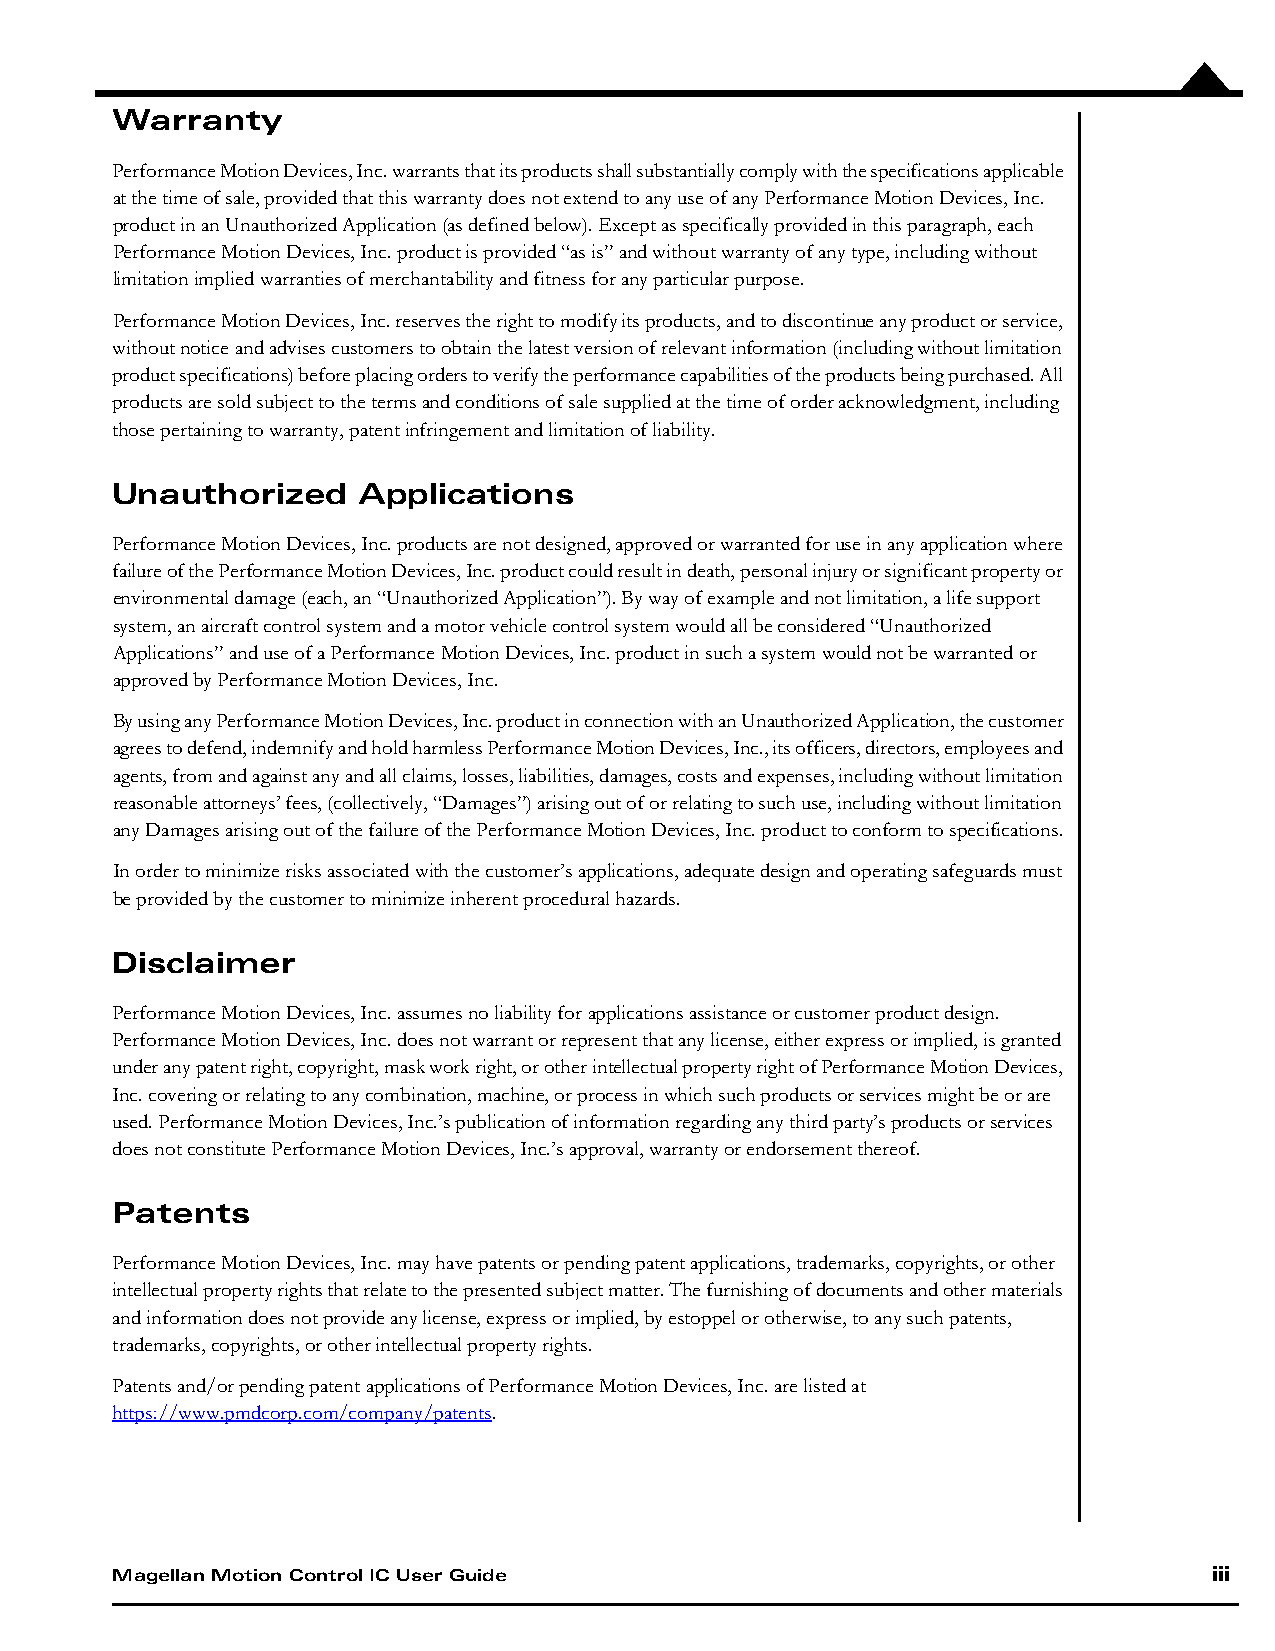
Warranty
 Performance Motion Devices, Inc. warrants that its products shall substantially comply with the specifications applicable
 at the time of sale, provided that this warranty does not extend to any use of any Performance Motion Devices, Inc.
 product in an Unauthorized Application (as defined below). Except as specifically provided in this paragraph, each
 Performance Motion Devices, Inc. product is provided “as is” and without warranty of any type, including without
 limitation implied warranties of merchantability and fitness for any particular purpose.
 Performance Motion Devices, Inc. reserves the right to modify its products, and to discontinue any product or service,
 without notice and advises customers to obtain the latest version of relevant information (including without limitation
 product specifications) before placing orders to verify the performance capabilities of the products being purchased. All
 products are sold subject to the terms and conditions of sale supplied at the time of order acknowledgment, including
 those pertaining to warranty, patent infringement and limitation of liability.
 Unauthorized     Applications
 Performance Motion Devices, Inc. products are not designed, approved or warranted for use in any application where
 failure of the Performance Motion Devices, Inc. product could result in death, personal injury or significant property or
 environmental damage (each, an “Unauthorized Application”). By way of example and not limitation, a life support
 system, an aircraft control system and a motor vehicle control system would all be considered “Unauthorized
 Applications” and use of a Performance Motion Devices, Inc. product in such a system would not be warranted or
 approved by Performance Motion Devices, Inc.
 By using any Performance Motion Devices, Inc. product in connection with an Unauthorized Application, the customer
 agrees to defend, indemnify and hold harmless Performance Motion Devices, Inc., its officers, directors, employees and
 agents, from and against any and all claims, losses, liabilities, damages, costs and expenses, including without limitation
 reasonable attorneys’ fees, (collectively, “Damages”) arising out of or relating to such use, including without limitation
 any Damages arising out of the failure of the Performance Motion Devices, Inc. product to conform to specifications.
 In order to minimize risks associated with the customer’s applications, adequate design and operating safeguards must
 be provided by the customer to minimize inherent procedural hazards.
 Disclaimer
 Performance Motion Devices, Inc. assumes no liability for applications assistance or customer product design.
 Performance Motion Devices, Inc. does not warrant or represent that any license, either express or implied, is granted
 under any patent right, copyright, mask work right, or other intellectual property right of Performance Motion Devices,
 Inc. covering or relating to any combination, machine, or process in which such products or services might be or are
 used. Performance Motion Devices, Inc.’s publication of information regarding any third party’s products or services
 does not constitute Performance Motion Devices, Inc.’s approval, warranty or endorsement thereof.
 Patents
 Performance Motion Devices, Inc. may have patents or pending patent applications, trademarks, copyrights, or other
 intellectual property rights that relate to the presented subject matter. The furnishing of documents and other materials
 and information does not provide any license, express or implied, by estoppel or otherwise, to any such patents,
 trademarks, copyrights, or other intellectual property rights.
 Patents and/or pending patent applications of Performance Motion Devices, Inc. are listed at
 https://www.pmdcorp.com/company/patents.
 Magellan Motion Control IC User Guide                                    iii